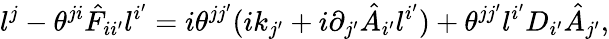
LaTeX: l^{j}-\theta^{ji}\hat{F}_{ii^{\prime}}l^{i^{\prime}}=i\theta^{jj^{\prime}}(ik_{j^{\prime}}+i\partial_{j^{\prime}}\hat{A}_{i^{\prime}}l^{i^{\prime}})+\theta^{jj^{\prime}}l^{i^{\prime}}D_{i^{\prime}}\hat{A}_{j^{\prime}},